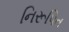
નિરૂપિત